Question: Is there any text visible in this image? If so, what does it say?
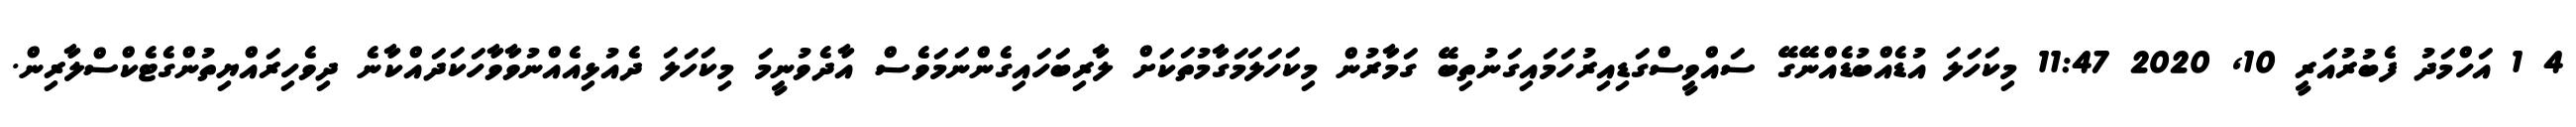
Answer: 4 1 އަހްމަދު ފެބުރުއަރީ 10, 2020 11:47 މިކަހަލަ އުޑެއްބުޑެއްނޭގޭ ސައްވީސްގަޑިއިރުހަމައިގަނުތިބޭ ގަމާރުން މިކަހަލަމަގާމުތަކަށް ލާރިބަހައިގެންނަމަވެސް އާދެވުނީމަ މިކަހަލަ ދެއުޅިއެއްނުވާވާހަކަދައްކާނެ ދިވެހިރައްޔިތުންގެޓެކްސްލާރިން.